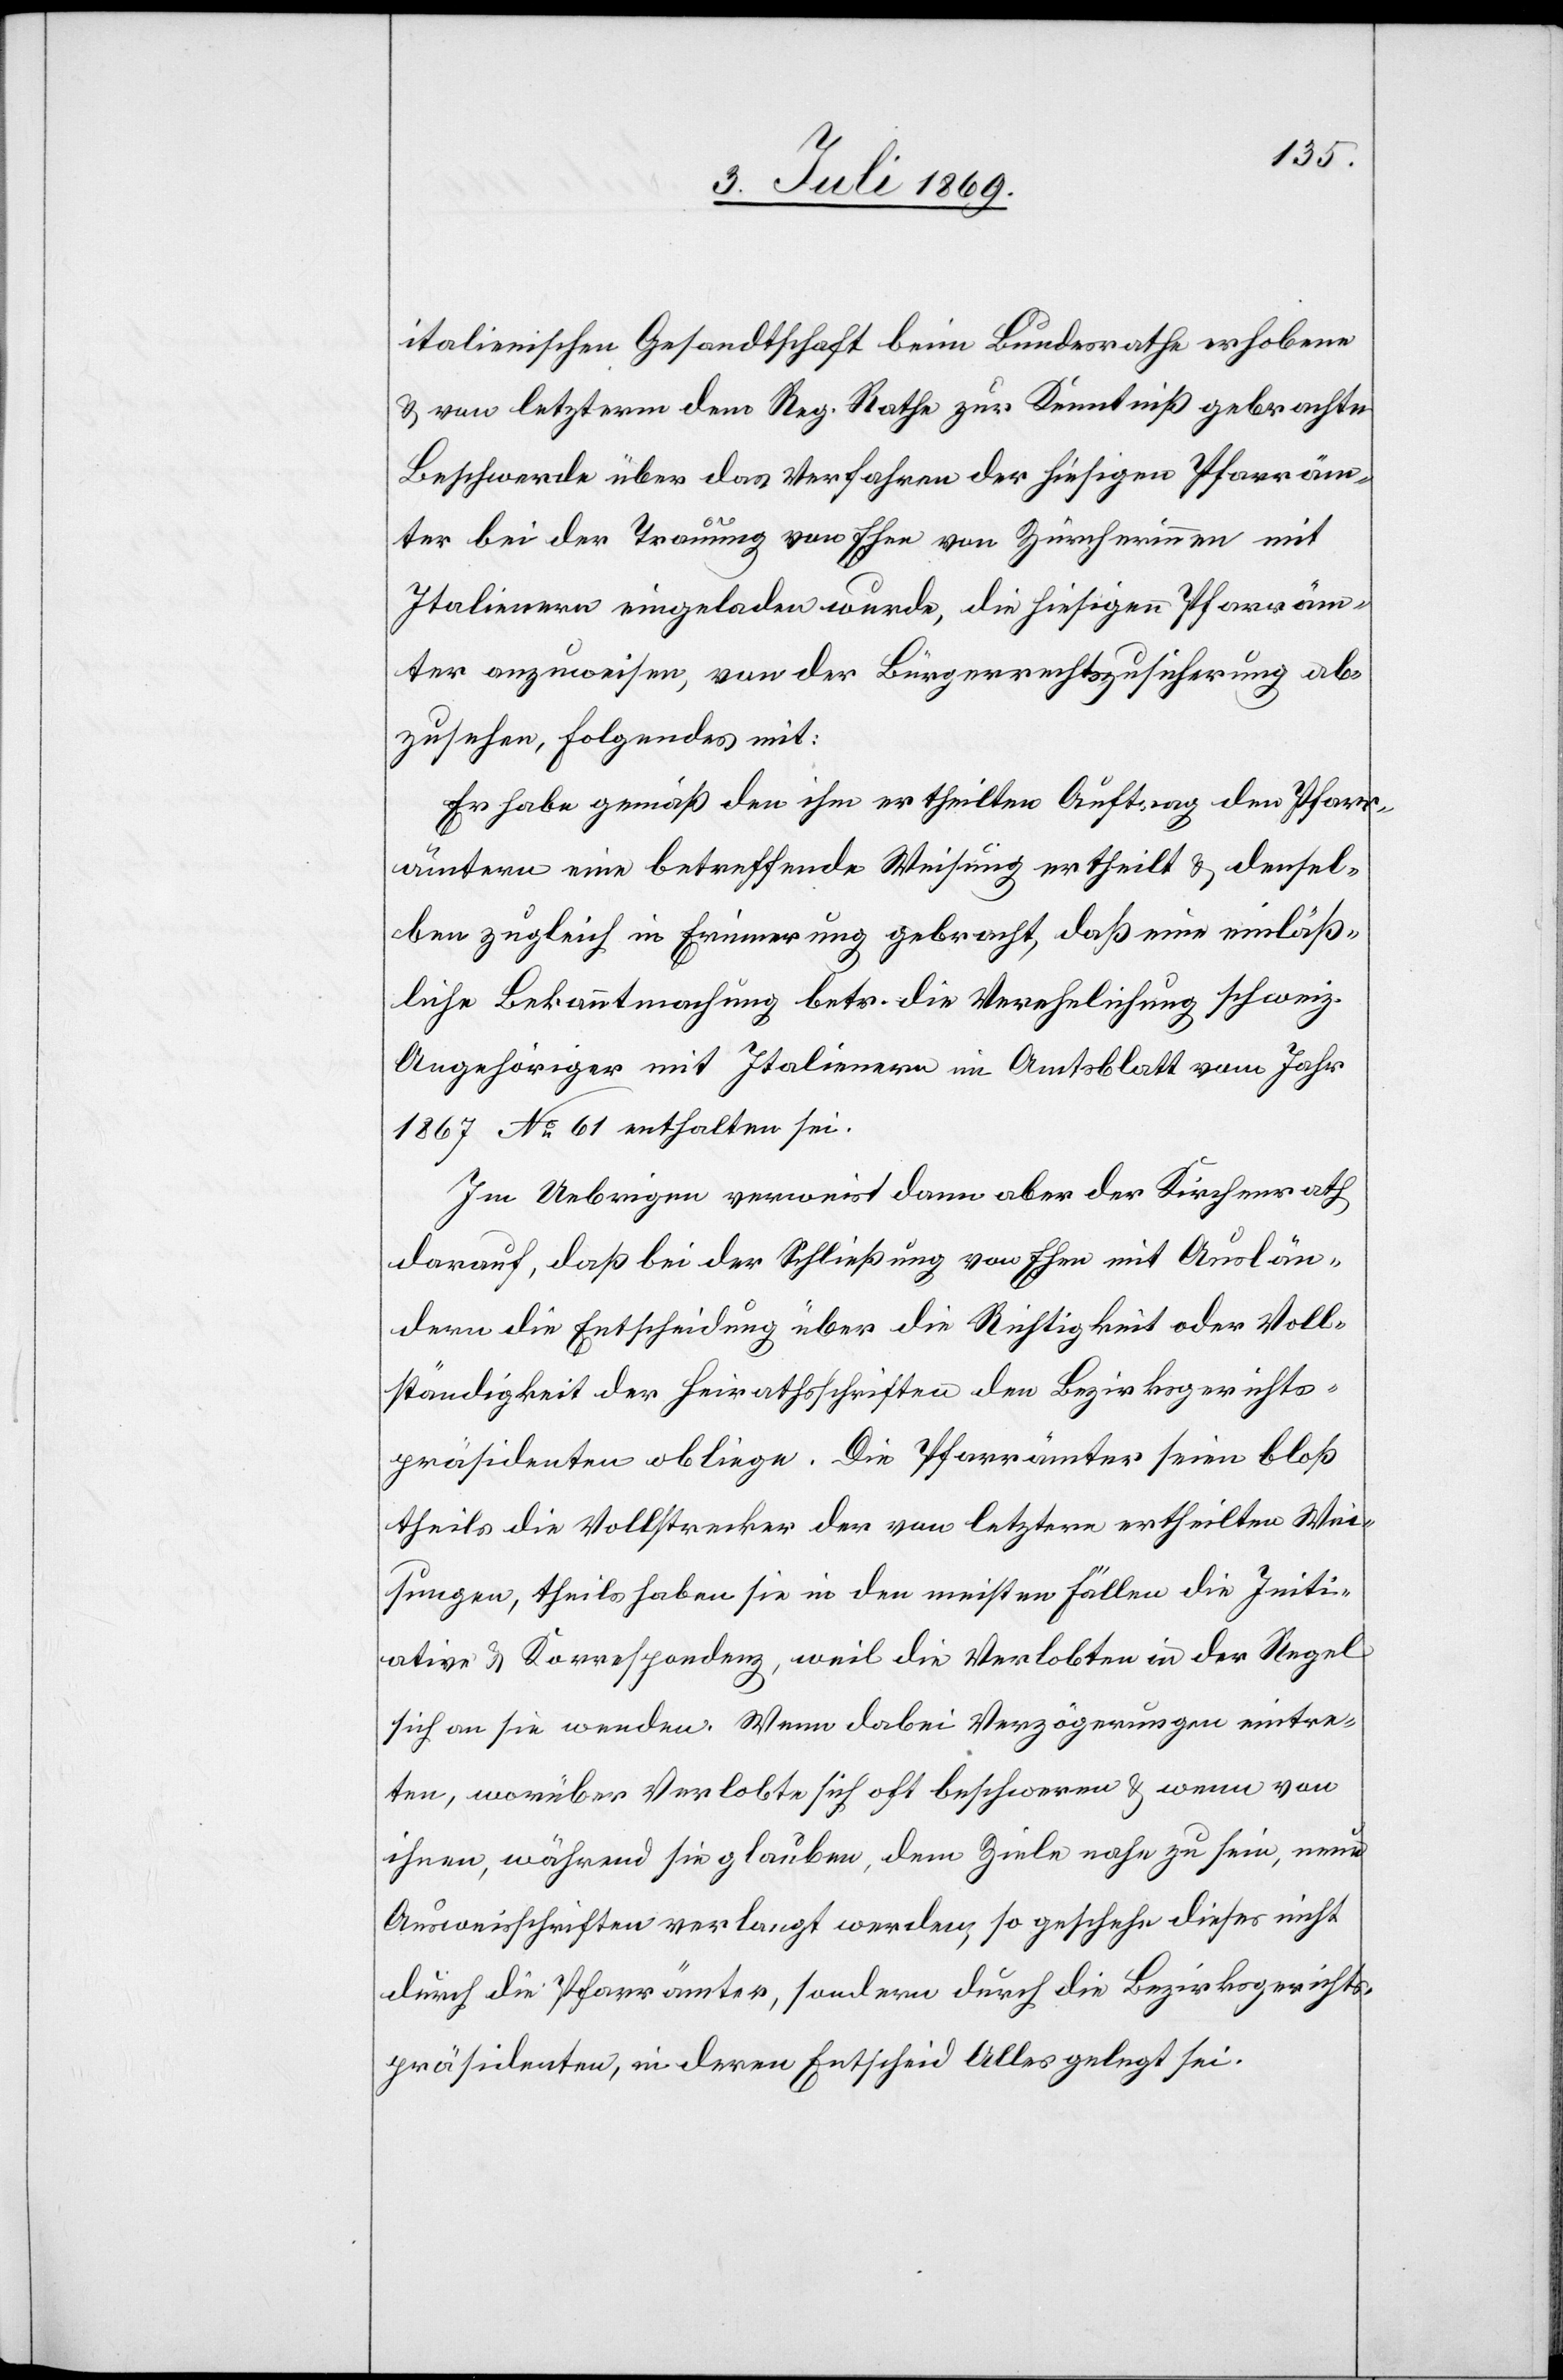
italienischen Gesandtschaft beim Bundesrathe erhobene
u. von letzterm dem Reg. Rathe zur Kenntniß gebrachte
Beschwerde über das Verfahren der hiesigen Pfarräm¬
ter bei der Trauung von Ehen von Zürcherinnen mit
Italienern eingeladen wurde, die hiesigen Pfarräm¬
ter anzuweisen, von der Bürgerrechtszusicherung ab¬
zusehen, Folgendes mit:
Er habe gemäß den ihm ertheilten Auftrag den Pfarr¬
ämtern eine betreffende Weisung ertheilt u. densel¬
ben zugleich in Erinnerung gebracht, daß eine einläß¬
liche Bekanntmachung betr. die Verehelichung schweiz.
Angehöriger mit Italienern im Amtsblatte vom Jahr
1867 N° 61 enthalten sei.
Im Uebrigen verweist dann aber der Kirchenrath
darauf, daß bei der Schließung von Ehen mit Auslän¬
dern die Entscheidung über die Richtigkeit oder Voll¬
ständigkeit der Heirathsschriften den Bezirksgerichts¬
präsidenten obliege. Die Pfarrämter seien bloß
theils die Vollstrecker der von letztern ertheilten Wei¬
sungen, theils haben sie in den meisten Fällen die Initi¬
ative u. Korrespondenz, weil die Verlobten in der Regel
sich an sie wenden. Wenn dabei Verzögerungen eintre¬
ten, worüber Verlobte sich oft beschweren u. wenn von
ihnen, während sie glauben, dem Ziele nahe zu sein, neue
Ausweisschriften verlangt werden, so geschehe dieses nicht
durch die Pfarrämter, sondern durch die Bezirksgerichts¬
präsidenten, in deren Entscheid Alles gelegt sei.